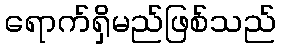
ရောက်ရှိမည်ဖြစ်သည်